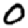
Digit: 0